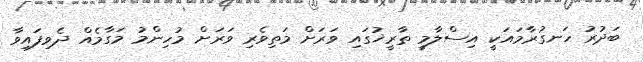
ބަދުރު ހަނގުރާމައަކީ އިސްލާމީ ތާރީޚުގައި ވަރަށް މަތިވެރި ވަރަށް މުހިންމު މަގާމެއް ދެވިފައިވާ